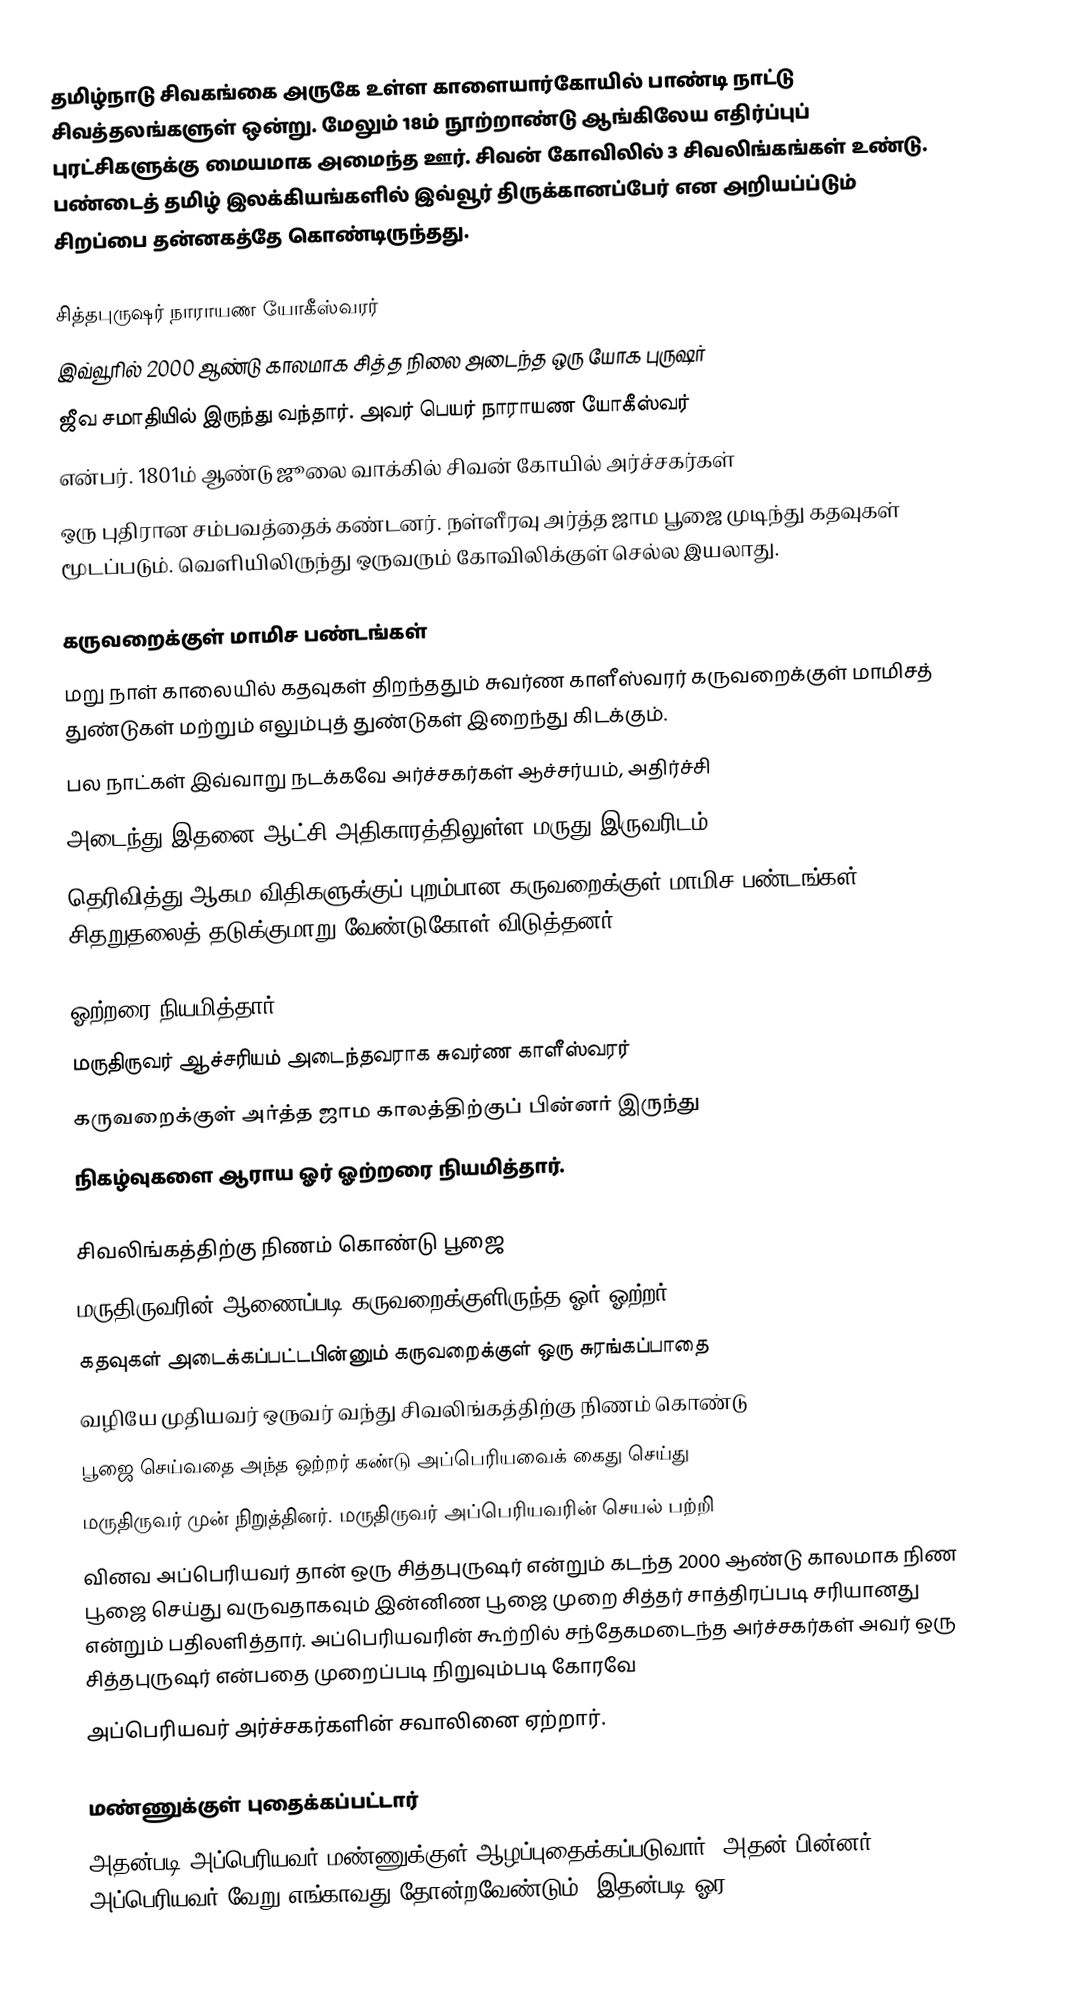
தமிழ்நாடு சிவகங்கை அருகே உள்ள காளையார்கோயில்  பாண்டி நாட்டு சிவத்தலங்களுள் ஒன்று. மேலும் 18ம் நூற்றாண்டு ஆங்கிலேய எதிர்ப்புப் புரட்சிகளுக்கு மையமாக அமைந்த ஊர். சிவன் கோவிலில் 3 சிவலிங்கங்கள் உண்டு. பண்டைத் தமிழ் இலக்கியங்களில் இவ்வூர்  திருக்கானப்பேர்  என அறியப்ப்டும் சிறப்பை  தன்னகத்தே கொண்டிருந்தது.

சித்தபுருஷர் நாராயண யோகீஸ்வரர்
இவ்வூரில் 2000 ஆண்டு காலமாக சித்த நிலை அடைந்த ஒரு யோக புருஷர்
ஜீவ சமாதியில் இருந்து வந்தார். அவர் பெயர் நாராயண யோகீஸ்வர்
என்பர். 1801ம் ஆண்டு ஜூலை வாக்கில் சிவன் கோயில் அர்ச்சகர்கள்
ஒரு புதிரான சம்பவத்தைக் கண்டனர். நள்ளீரவு அர்த்த ஜாம பூஜை முடிந்து கதவுகள் மூடப்படும். வெளியிலிருந்து ஒருவரும் கோவிலிக்குள் செல்ல இயலாது.

கருவறைக்குள் மாமிச பண்டங்கள்
மறு நாள் காலையில் கதவுகள் திறந்ததும் சுவர்ண காளீஸ்வரர் கருவறைக்குள் மாமிசத் துண்டுகள் மற்றும் எலும்புத் துண்டுகள் இறைந்து கிடக்கும்.
பல நாட்கள் இவ்வாறு நடக்கவே அர்ச்சகர்கள் ஆச்சர்யம், அதிர்ச்சி
அடைந்து இதனை ஆட்சி அதிகாரத்திலுள்ள மருது இருவரிடம்
தெரிவித்து ஆகம விதிகளுக்குப் புறம்பான கருவறைக்குள் மாமிச பண்டங்கள் சிதறுதலைத் தடுக்குமாறு வேண்டுகோள் விடுத்தனர்.

ஓற்றரை நியமித்தார்
மருதிருவர் ஆச்சரியம் அடைந்தவராக சுவர்ண காளீஸ்வரர்
கருவறைக்குள் அர்த்த ஜாம காலத்திற்குப் பின்னர் இருந்து
நிகழ்வுகளை ஆராய ஓர் ஓற்றரை நியமித்தார்.

சிவலிங்கத்திற்கு நிணம் கொண்டு பூஜை
மருதிருவரின் ஆணைப்படி கருவறைக்குளிருந்த ஓர் ஓற்றர்
கதவுகள் அடைக்கப்பட்டபின்னும் கருவறைக்குள் ஒரு சுரங்கப்பாதை
வழியே முதியவர் ஒருவர் வந்து சிவலிங்கத்திற்கு நிணம் கொண்டு
பூஜை செய்வதை அந்த ஒற்றர் கண்டு அப்பெரியவைக் கைது செய்து
மருதிருவர் முன் நிறுத்தினர். மருதிருவர் அப்பெரியவரின் செயல் பற்றி
வினவ அப்பெரியவர் தான் ஒரு சித்தபுருஷர் என்றும் கடந்த 2000 ஆண்டு காலமாக நிண பூஜை செய்து வருவதாகவும் இன்னிண பூஜை முறை சித்தர் சாத்திரப்படி சரியானது என்றும் பதிலளித்தார். அப்பெரியவரின் கூற்றில் சந்தேகமடைந்த அர்ச்சகர்கள் அவர் ஒரு சித்தபுருஷர் என்பதை முறைப்படி நிறுவும்படி கோரவே
அப்பெரியவர் அர்ச்சகர்களின் சவாலினை ஏற்றார்.

மண்ணுக்குள் புதைக்கப்பட்டார்
அதன்படி அப்பெரியவர் மண்ணுக்குள் ஆழப்புதைக்கப்படுவார். அதன் பின்னர் அப்பெரியவர் வேறு எங்காவது தோன்றவேண்டும். இதன்படி ஓர